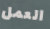
العمل